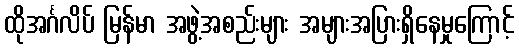
ထိုအင်္ဂလိပ် မြန်မာ အဖွဲ့အစည်းများ အများအပြားရှိနေမှုကြောင့်